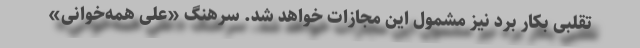
تقلبی بکار برد نیز مشمول این مجازات خواهد شد. سرهنگ «علی همه‌خوانی»